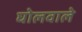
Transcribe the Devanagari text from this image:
घोलवाले